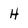
Character: H